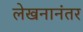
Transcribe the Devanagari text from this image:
लेखनानंतर